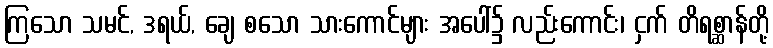
ကြသော သမင်, ဒရယ်, ချေ စသော သားကောင်များ အပေါ်၌ လည်းကောင်း၊ ငှက် တိရစ္ဆာန်တို့